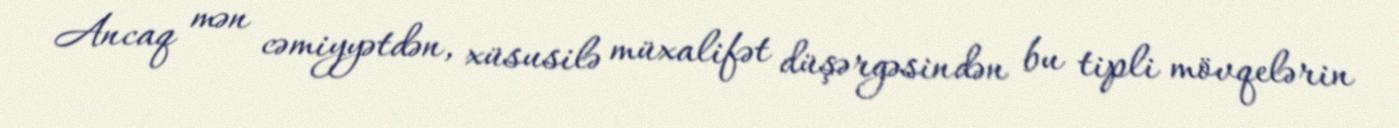
Ancaq mən cəmiyyətdən, xüsusilə müxalifət düşərgəsindən bu tipli mövqelərin